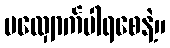
မလျှောက်ပါရစေနဲ့။